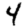
Digit: 4